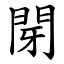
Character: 閕